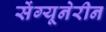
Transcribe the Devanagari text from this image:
सेंग्यूनेरीन